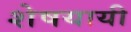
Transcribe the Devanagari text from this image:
शेषयायी